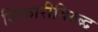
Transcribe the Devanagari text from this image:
शिकारीविरुद्ध